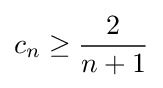
c_{n}\geq {\frac {2}{n+1}}